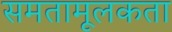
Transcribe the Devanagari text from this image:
समतामूलकता